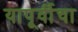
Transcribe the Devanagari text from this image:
यापूर्वीचा